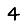
Digit: 4